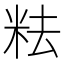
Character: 𥹓